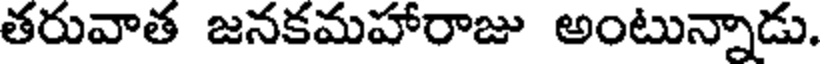
తరువాత జనకమహారాజు అంటున్నాడు.